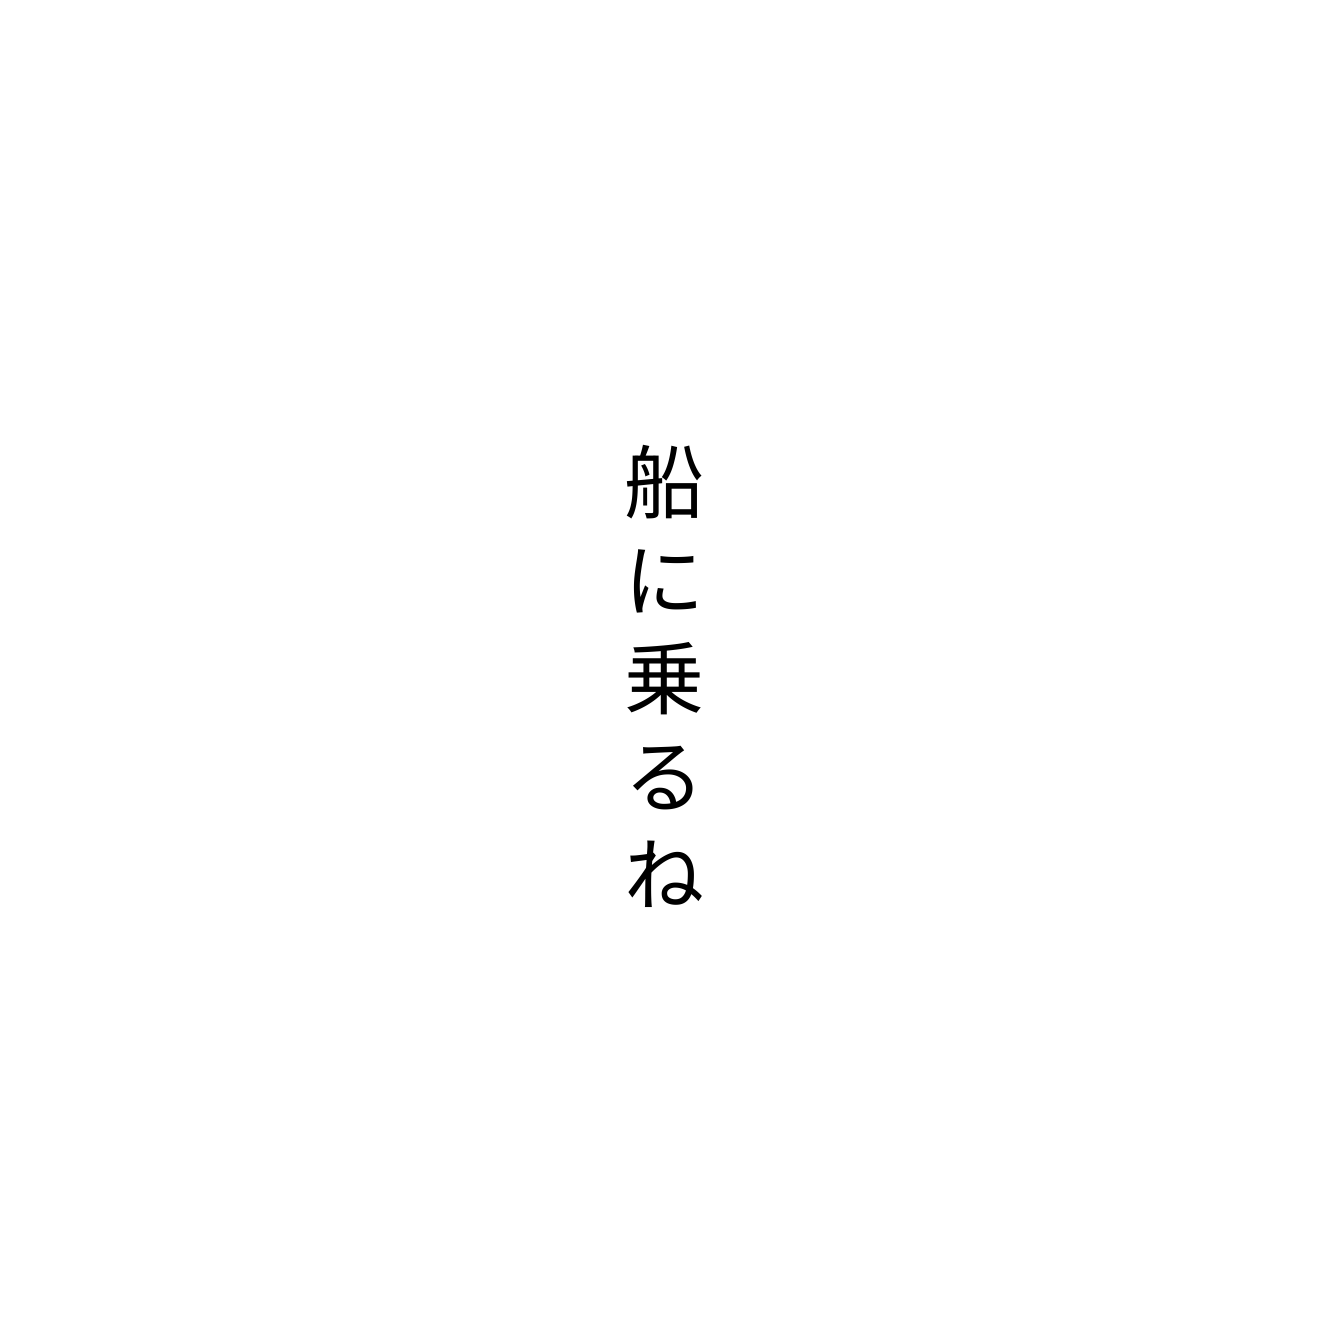
船に乗るね